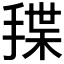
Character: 𰔊